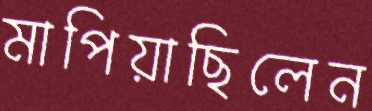
মাপিয়াছিলেন